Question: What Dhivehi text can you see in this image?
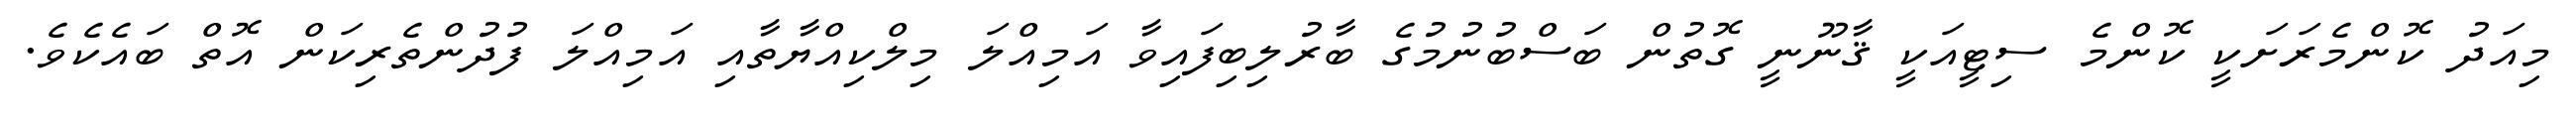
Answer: މިއަދު ކޮންމެރަށަކީ ކޮންމެ ސިޓީއަކީ ޤާނޫނީ ގޮތުން ބަސްބުނުމުގެ ބާރުލިބިފައިވާ އަމިއްލަ މިލްކިއްޔާތާއި އަމިއްލަ ފުދުންތެރިކަން އޮތް ބައެކެވެ.